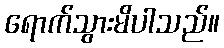
ရောက်သွားမိပါသည်။